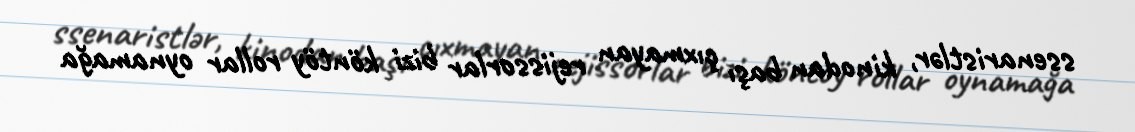
ssenaristlər, kinodan başı çıxmayan rejissorlar bizi köntöy rollar oynamağa